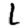
Digit: 1